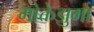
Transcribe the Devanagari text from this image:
मोक्तेझुमा